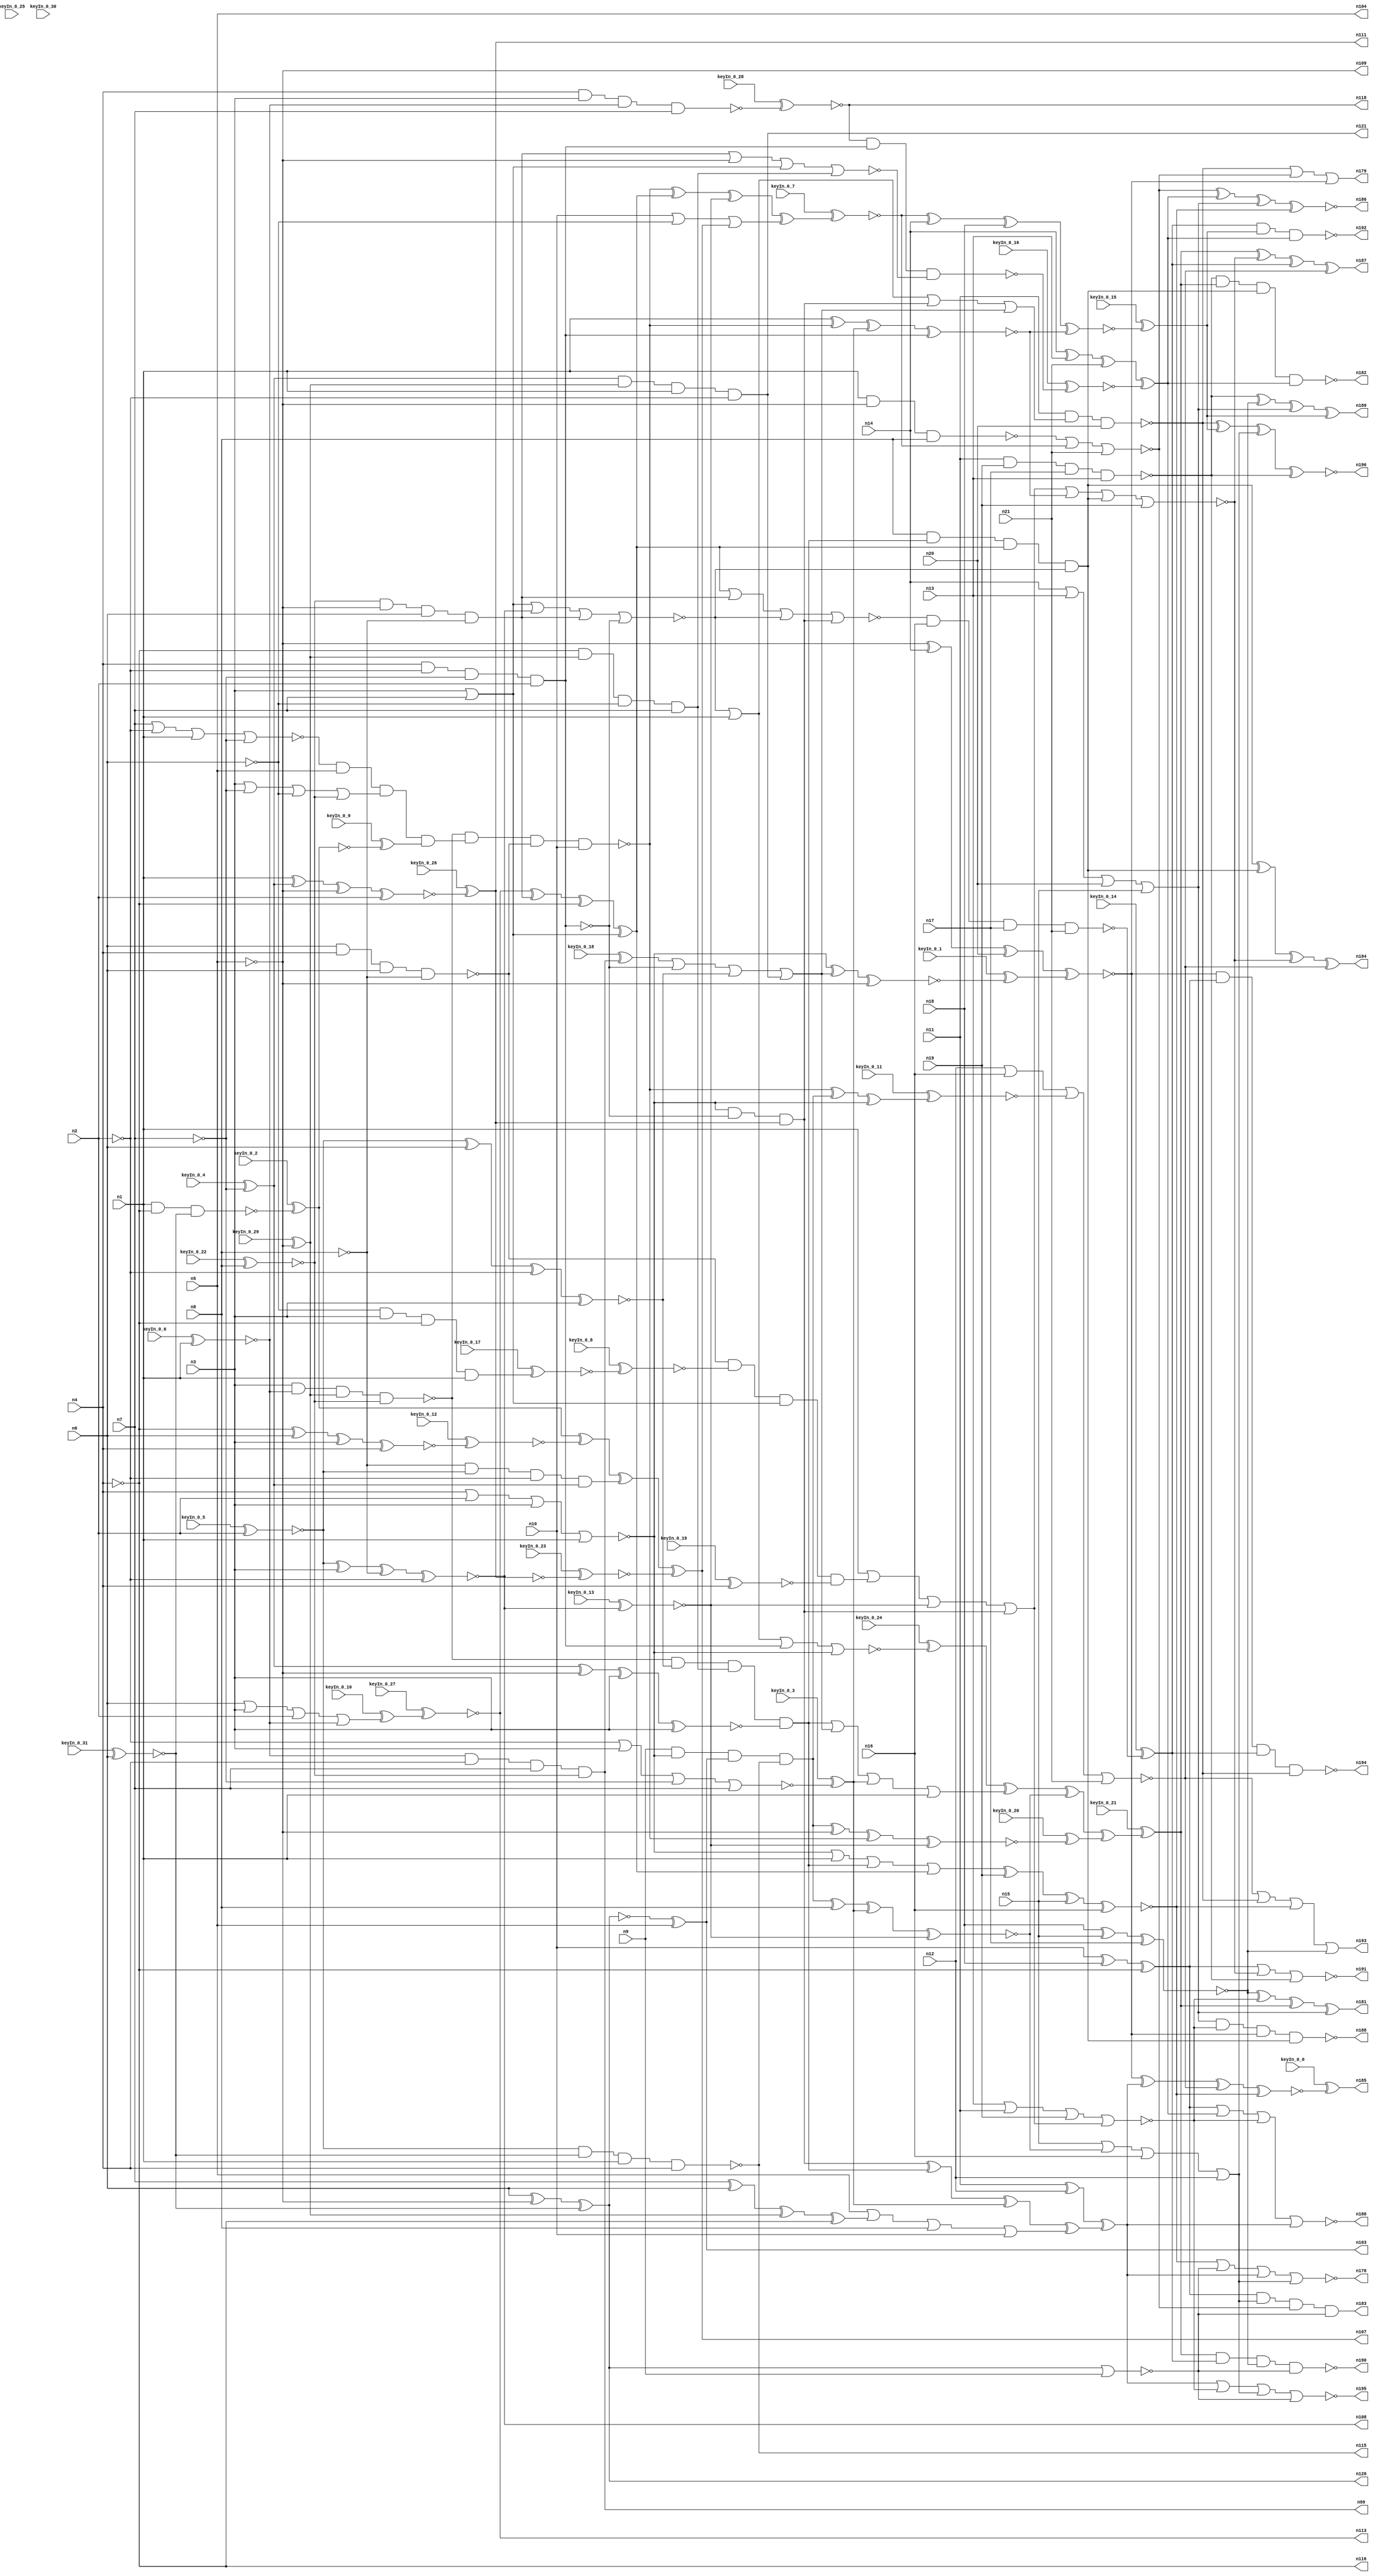


module Stat_175_832
(
  n1,
  n2,
  n3,
  n4,
  n5,
  n6,
  n7,
  n8,
  n9,
  n10,
  n11,
  n12,
  n13,
  n14,
  n15,
  n16,
  n17,
  n18,
  n19,
  n20,
  n21,
  n99,
  n113,
  n104,
  n108,
  n121,
  n116,
  n115,
  n109,
  n111,
  n107,
  n103,
  n120,
  n118,
  n185,
  n178,
  n188,
  n189,
  n192,
  n196,
  n186,
  n194,
  n193,
  n195,
  n187,
  n182,
  n179,
  n183,
  n181,
  n180,
  n190,
  n191,
  n184,
  keyIn_0_0,
  keyIn_0_1,
  keyIn_0_2,
  keyIn_0_3,
  keyIn_0_4,
  keyIn_0_5,
  keyIn_0_6,
  keyIn_0_7,
  keyIn_0_8,
  keyIn_0_9,
  keyIn_0_10,
  keyIn_0_11,
  keyIn_0_12,
  keyIn_0_13,
  keyIn_0_14,
  keyIn_0_15,
  keyIn_0_16,
  keyIn_0_17,
  keyIn_0_18,
  keyIn_0_19,
  keyIn_0_20,
  keyIn_0_21,
  keyIn_0_22,
  keyIn_0_23,
  keyIn_0_24,
  keyIn_0_25,
  keyIn_0_26,
  keyIn_0_27,
  keyIn_0_28,
  keyIn_0_29,
  keyIn_0_30,
  keyIn_0_31
);

  input n1;input n2;input n3;input n4;input n5;input n6;input n7;input n8;input n9;input n10;input n11;input n12;input n13;input n14;input n15;input n16;input n17;input n18;input n19;input n20;input n21;input keyIn_0_0;input keyIn_0_1;input keyIn_0_2;input keyIn_0_3;input keyIn_0_4;input keyIn_0_5;input keyIn_0_6;input keyIn_0_7;input keyIn_0_8;input keyIn_0_9;input keyIn_0_10;input keyIn_0_11;input keyIn_0_12;input keyIn_0_13;input keyIn_0_14;input keyIn_0_15;input keyIn_0_16;input keyIn_0_17;input keyIn_0_18;input keyIn_0_19;input keyIn_0_20;input keyIn_0_21;input keyIn_0_22;input keyIn_0_23;input keyIn_0_24;input keyIn_0_25;input keyIn_0_26;input keyIn_0_27;input keyIn_0_28;input keyIn_0_29;input keyIn_0_30;input keyIn_0_31;
  output n99;output n113;output n104;output n108;output n121;output n116;output n115;output n109;output n111;output n107;output n103;output n120;output n118;output n185;output n178;output n188;output n189;output n192;output n196;output n186;output n194;output n193;output n195;output n187;output n182;output n179;output n183;output n181;output n180;output n190;output n191;output n184;
  wire n22;wire n23;wire n24;wire n25;wire n26;wire n27;wire n28;wire n29;wire n30;wire n31;wire n32;wire n33;wire n34;wire n35;wire n36;wire n37;wire n38;wire n39;wire n40;wire n41;wire n42;wire n43;wire n44;wire n45;wire n46;wire n47;wire n48;wire n49;wire n50;wire n51;wire n52;wire n53;wire n54;wire n55;wire n56;wire n57;wire n58;wire n59;wire n60;wire n61;wire n62;wire n63;wire n64;wire n65;wire n66;wire n67;wire n68;wire n69;wire n70;wire n71;wire n72;wire n73;wire n74;wire n75;wire n76;wire n77;wire n78;wire n79;wire n80;wire n81;wire n82;wire n83;wire n84;wire n85;wire n86;wire n87;wire n88;wire n89;wire n90;wire n91;wire n92;wire n93;wire n94;wire n95;wire n96;wire n97;wire n98;wire n100;wire n101;wire n102;wire n105;wire n106;wire n110;wire n112;wire n114;wire n117;wire n119;wire n122;wire n123;wire n124;wire n125;wire n126;wire n127;wire n128;wire n129;wire n130;wire n131;wire n132;wire n133;wire n134;wire n135;wire n136;wire n137;wire n138;wire n139;wire n140;wire n141;wire n142;wire n143;wire n144;wire n145;wire n146;wire n147;wire n148;wire n149;wire n150;wire n151;wire n152;wire n153;wire n154;wire n155;wire n156;wire n157;wire n158;wire n159;wire n160;wire n161;wire n162;wire n163;wire n164;wire n165;wire n166;wire n167;wire n168;wire n169;wire n170;wire n171;wire n172;wire n173;wire n174;wire n175;wire n176;wire n177;wire KeyWire_0_0;wire KeyNOTWire_0_0;wire KeyWire_0_1;wire KeyNOTWire_0_1;wire KeyWire_0_2;wire KeyWire_0_3;wire KeyWire_0_4;wire KeyNOTWire_0_4;wire KeyWire_0_5;wire KeyNOTWire_0_5;wire KeyWire_0_6;wire KeyWire_0_7;wire KeyNOTWire_0_7;wire KeyWire_0_8;wire KeyWire_0_9;wire KeyWire_0_10;wire KeyNOTWire_0_10;wire KeyWire_0_11;wire KeyWire_0_12;wire KeyNOTWire_0_12;wire KeyWire_0_13;wire KeyNOTWire_0_13;wire KeyWire_0_14;wire KeyNOTWire_0_14;wire KeyWire_0_15;wire KeyWire_0_16;wire KeyWire_0_17;wire KeyNOTWire_0_17;wire KeyWire_0_18;wire KeyWire_0_19;wire KeyNOTWire_0_19;wire KeyWire_0_20;wire KeyNOTWire_0_20;wire KeyWire_0_21;wire KeyNOTWire_0_21;wire KeyWire_0_22;wire KeyNOTWire_0_22;wire KeyWire_0_23;wire KeyWire_0_24;wire KeyNOTWire_0_24;wire KeyWire_0_25;wire KeyWire_0_26;wire KeyNOTWire_0_26;wire KeyWire_0_27;wire KeyWire_0_28;wire KeyNOTWire_0_28;wire KeyWire_0_29;wire KeyNOTWire_0_29;wire KeyWire_0_30;wire KeyWire_0_31;

  buf
  g0
  (
    n47,
    n1
  );


  buf
  g1
  (
    KeyWire_0_5,
    n2
  );


  not
  g2
  (
    n40,
    n2
  );


  buf
  g3
  (
    n26,
    n3
  );


  buf
  g4
  (
    n43,
    n3
  );


  buf
  g5
  (
    KeyWire_0_6,
    n1
  );


  not
  g6
  (
    KeyWire_0_4,
    n7
  );


  buf
  g7
  (
    n35,
    n7
  );


  not
  g8
  (
    KeyWire_0_29,
    n5
  );


  not
  g9
  (
    n42,
    n7
  );


  buf
  g10
  (
    n50,
    n1
  );


  buf
  g11
  (
    KeyWire_0_22,
    n8
  );


  buf
  g12
  (
    n25,
    n1
  );


  buf
  g13
  (
    n23,
    n4
  );


  buf
  g14
  (
    n30,
    n4
  );


  buf
  g15
  (
    n38,
    n6
  );


  buf
  g16
  (
    n44,
    n3
  );


  buf
  g17
  (
    KeyWire_0_31,
    n6
  );


  buf
  g18
  (
    n36,
    n3
  );


  buf
  g19
  (
    n41,
    n2
  );


  not
  g20
  (
    n48,
    n4
  );


  not
  g21
  (
    n37,
    n2
  );


  not
  g22
  (
    n33,
    n5
  );


  buf
  g23
  (
    n49,
    n5
  );


  not
  g24
  (
    n51,
    n5
  );


  buf
  g25
  (
    n31,
    n6
  );


  not
  g26
  (
    n22,
    n4
  );


  buf
  g27
  (
    n39,
    n7
  );


  not
  g28
  (
    n29,
    n8
  );


  not
  g29
  (
    n24,
    n6
  );


  buf
  g30
  (
    n71,
    n24
  );


  not
  g31
  (
    n57,
    n22
  );


  nor
  g32
  (
    n55,
    n44,
    n42,
    n24,
    n45
  );


  xnor
  g33
  (
    n74,
    n34,
    n38,
    n37,
    n43
  );


  and
  g34
  (
    n65,
    n46,
    n23,
    n39,
    n45
  );


  and
  g35
  (
    KeyWire_0_17,
    n24,
    n26,
    n22,
    n25
  );


  nand
  g36
  (
    n63,
    n30,
    n36,
    n46,
    n35
  );


  nor
  g37
  (
    n76,
    n23,
    n41,
    n43,
    n25
  );


  nand
  g38
  (
    n75,
    n31,
    n23,
    n38,
    n29
  );


  nand
  g39
  (
    KeyWire_0_2,
    n47,
    n25,
    n22,
    n27
  );


  xnor
  g40
  (
    n56,
    n32,
    n33,
    n44,
    n36
  );


  or
  g41
  (
    n77,
    n26,
    n43,
    n35
  );


  and
  g42
  (
    n72,
    n48,
    n28,
    n24,
    n39
  );


  nor
  g43
  (
    n58,
    n39,
    n40,
    n47,
    n42
  );


  nand
  g44
  (
    n79,
    n30,
    n37,
    n42,
    n41
  );


  and
  g45
  (
    n78,
    n45,
    n33,
    n38,
    n29
  );


  xor
  g46
  (
    KeyWire_0_30,
    n30,
    n26,
    n40,
    n36
  );


  xnor
  g47
  (
    KeyWire_0_12,
    n48,
    n31,
    n36,
    n30
  );


  or
  g48
  (
    KeyWire_0_10,
    n38,
    n43,
    n41,
    n46
  );


  xor
  g49
  (
    n54,
    n39,
    n31,
    n28,
    n22
  );


  nand
  g50
  (
    n61,
    n34,
    n27,
    n47,
    n23
  );


  xnor
  g51
  (
    KeyWire_0_26,
    n47,
    n32,
    n33,
    n41
  );


  nand
  g52
  (
    n73,
    n44,
    n46,
    n28,
    n45
  );


  xor
  g53
  (
    n70,
    n34,
    n44,
    n29,
    n37
  );


  xor
  g54
  (
    n69,
    n31,
    n33,
    n27
  );


  and
  g55
  (
    n60,
    n29,
    n34,
    n40,
    n32
  );


  and
  g56
  (
    n66,
    n32,
    n28,
    n25,
    n37
  );


  or
  g57
  (
    n62,
    n40,
    n26,
    n42,
    n35
  );


  not
  g58
  (
    n84,
    n69
  );


  buf
  g59
  (
    n99,
    n65
  );


  not
  g60
  (
    KeyWire_0_25,
    n52
  );


  buf
  g61
  (
    n101,
    n67
  );


  not
  g62
  (
    n90,
    n66
  );


  not
  g63
  (
    n91,
    n64
  );


  buf
  g64
  (
    KeyWire_0_27,
    n59
  );


  buf
  g65
  (
    n83,
    n68
  );


  buf
  g66
  (
    n93,
    n60
  );


  not
  g67
  (
    n85,
    n63
  );


  not
  g68
  (
    n81,
    n69
  );


  not
  g69
  (
    n86,
    n55
  );


  not
  g70
  (
    KeyWire_0_23,
    n67
  );


  buf
  g71
  (
    n89,
    n56
  );


  buf
  g72
  (
    n96,
    n62
  );


  not
  g73
  (
    n95,
    n61
  );


  buf
  g74
  (
    n97,
    n57
  );


  buf
  g75
  (
    n98,
    n70
  );


  buf
  g76
  (
    n100,
    n54
  );


  not
  g77
  (
    KeyWire_0_8,
    n53
  );


  not
  g78
  (
    KeyWire_0_9,
    n68
  );


  buf
  g79
  (
    n94,
    n58
  );


  not
  g80
  (
    n109,
    n49
  );


  buf
  g81
  (
    n104,
    n49
  );


  not
  g82
  (
    n121,
    n90
  );


  not
  g83
  (
    KeyWire_0_3,
    n96
  );


  buf
  g84
  (
    n105,
    n89
  );


  buf
  g85
  (
    n111,
    n101
  );


  buf
  g86
  (
    n112,
    n100
  );


  buf
  g87
  (
    n116,
    n48
  );


  buf
  g88
  (
    n113,
    n92
  );


  buf
  g89
  (
    KeyWire_0_18,
    n99
  );


  not
  g90
  (
    n115,
    n95
  );


  not
  g91
  (
    n106,
    n50
  );


  not
  g92
  (
    KeyWire_0_19,
    n48
  );


  buf
  g93
  (
    n119,
    n82
  );


  not
  g94
  (
    KeyWire_0_28,
    n85
  );


  not
  g95
  (
    n120,
    n81
  );


  not
  g96
  (
    n108,
    n98
  );


  not
  g97
  (
    n122,
    n97
  );


  xor
  g98
  (
    n103,
    n84,
    n49
  );


  xor
  g99
  (
    n107,
    n83,
    n91,
    n93,
    n87
  );


  and
  g100
  (
    n117,
    n94,
    n49,
    n86,
    n88
  );


  not
  g101
  (
    KeyWire_0_13,
    n70
  );


  buf
  g102
  (
    n140,
    n8
  );


  buf
  g103
  (
    n139,
    n102
  );


  not
  g104
  (
    n135,
    n79
  );


  buf
  g105
  (
    n123,
    n78
  );


  not
  g106
  (
    n132,
    n106
  );


  buf
  g107
  (
    n128,
    n118
  );


  buf
  g108
  (
    n131,
    n76
  );


  nor
  g109
  (
    n126,
    n78,
    n109,
    n77,
    n72
  );


  or
  g110
  (
    n125,
    n10,
    n71,
    n107
  );


  or
  g111
  (
    n127,
    n104,
    n112,
    n8,
    n10
  );


  nor
  g112
  (
    n142,
    n120,
    n9
  );


  nand
  g113
  (
    n134,
    n73,
    n117,
    n75,
    n10
  );


  xor
  g114
  (
    n130,
    n113,
    n78,
    n116,
    n77
  );


  and
  g115
  (
    n133,
    n9,
    n76,
    n103,
    n115
  );


  and
  g116
  (
    n141,
    n76,
    n76,
    n79,
    n111
  );


  or
  g117
  (
    n129,
    n114,
    n79,
    n74,
    n121
  );


  nor
  g118
  (
    n136,
    n77,
    n108,
    n78,
    n79
  );


  and
  g119
  (
    n137,
    n73,
    n74,
    n72,
    n105
  );


  and
  g120
  (
    n124,
    n75,
    n119,
    n77,
    n110
  );


  buf
  g121
  (
    n144,
    n51
  );


  nand
  g122
  (
    n151,
    n50,
    n51,
    n140
  );


  nor
  g123
  (
    KeyWire_0_24,
    n136,
    n132,
    n135,
    n131
  );


  and
  g124
  (
    n157,
    n140,
    n137,
    n130,
    n136
  );


  xnor
  g125
  (
    KeyWire_0_20,
    n133,
    n51,
    n134,
    n138
  );


  or
  g126
  (
    n153,
    n131,
    n132,
    n137,
    n130
  );


  xnor
  g127
  (
    KeyWire_0_1,
    n131,
    n129,
    n51
  );


  xnor
  g128
  (
    n156,
    n50,
    n134,
    n139,
    n135
  );


  xor
  g129
  (
    n145,
    n141,
    n137,
    n139,
    n127
  );


  xor
  g130
  (
    KeyWire_0_7,
    n134,
    n130,
    n138,
    n125
  );


  or
  g131
  (
    n143,
    n137,
    n129,
    n139,
    n132
  );


  xor
  g132
  (
    KeyWire_0_11,
    n134,
    n133,
    n131
  );


  nor
  g133
  (
    n146,
    n130,
    n123,
    n136,
    n141
  );


  or
  g134
  (
    n155,
    n132,
    n124,
    n138,
    n141
  );


  nand
  g135
  (
    KeyWire_0_16,
    n128,
    n135,
    n126
  );


  or
  g136
  (
    n150,
    n136,
    n50,
    n141,
    n129
  );


  xnor
  g137
  (
    n158,
    n133,
    n140,
    n139,
    n138
  );


  buf
  g138
  (
    n161,
    n157
  );


  nor
  g139
  (
    n164,
    n151,
    n159,
    n21
  );


  xnor
  g140
  (
    n176,
    n18,
    n15,
    n17
  );


  nand
  g141
  (
    n173,
    n11,
    n150,
    n20
  );


  xor
  g142
  (
    KeyWire_0_21,
    n149,
    n143,
    n158,
    n148
  );


  nor
  g143
  (
    n166,
    n155,
    n156,
    n157,
    n19
  );


  nor
  g144
  (
    n165,
    n13,
    n11,
    n19,
    n155
  );


  xor
  g145
  (
    n167,
    n14,
    n13,
    n21,
    n147
  );


  xor
  g146
  (
    n170,
    n11,
    n12,
    n145
  );


  or
  g147
  (
    n171,
    n14,
    n13,
    n20,
    n15
  );


  xnor
  g148
  (
    n174,
    n153,
    n19,
    n15,
    n16
  );


  xnor
  g149
  (
    KeyWire_0_15,
    n159,
    n14,
    n18,
    n156
  );


  nor
  g150
  (
    n169,
    n12,
    n16,
    n152,
    n21
  );


  or
  g151
  (
    n172,
    n15,
    n158,
    n16,
    n12
  );


  nand
  g152
  (
    n175,
    n11,
    n19,
    n17,
    n13
  );


  nand
  g153
  (
    KeyWire_0_14,
    n146,
    n16,
    n17,
    n21
  );


  xor
  g154
  (
    n162,
    n10,
    n18,
    n122
  );


  xnor
  g155
  (
    n168,
    n144,
    n14,
    n20,
    n154
  );


  nor
  g156
  (
    n180,
    n162,
    n167,
    n165,
    n170
  );


  xor
  g157
  (
    n187,
    n177,
    n166,
    n163,
    n169
  );


  or
  g158
  (
    n193,
    n169,
    n173,
    n174,
    n176
  );


  and
  g159
  (
    n183,
    n162,
    n172,
    n164,
    n142
  );


  xnor
  g160
  (
    n186,
    n164,
    n167,
    n171,
    n174
  );


  nor
  g161
  (
    n191,
    n162,
    n166,
    n175
  );


  xor
  g162
  (
    n181,
    n176,
    n165,
    n177,
    n171
  );


  nand
  g163
  (
    n192,
    n163,
    n160,
    n167
  );


  xor
  g164
  (
    n189,
    n175,
    n176,
    n171,
    n160
  );


  nor
  g165
  (
    n195,
    n170,
    n165,
    n172,
    n142
  );


  nor
  g166
  (
    n178,
    n174,
    n142,
    n170,
    n172
  );


  nand
  g167
  (
    n188,
    n171,
    n165,
    n168,
    n161
  );


  xnor
  g168
  (
    n196,
    n173,
    n160,
    n172,
    n175
  );


  xnor
  g169
  (
    KeyWire_0_0,
    n168,
    n170,
    n169,
    n174
  );


  or
  g170
  (
    n179,
    n173,
    n164,
    n168
  );


  nand
  g171
  (
    n182,
    n175,
    n177,
    n161,
    n167
  );


  nand
  g172
  (
    n194,
    n168,
    n162,
    n163,
    n173
  );


  xor
  g173
  (
    n184,
    n161,
    n161,
    n166,
    n169
  );


  nand
  g174
  (
    n190,
    n177,
    n163,
    n176,
    n142
  );


  xnor
  KeyGate_0_0
  (
    KeyNOTWire_0_0,
    keyIn_0_0,
    KeyWire_0_0
  );


  not
  KeyNOTGate_0_0
  (
    n185,
    KeyNOTWire_0_0
  );


  xnor
  KeyGate_0_1
  (
    KeyNOTWire_0_1,
    keyIn_0_1,
    KeyWire_0_1
  );


  not
  KeyNOTGate_0_1
  (
    n154,
    KeyNOTWire_0_1
  );


  xor
  KeyGate_0_2
  (
    n68,
    keyIn_0_2,
    KeyWire_0_2
  );


  xor
  KeyGate_0_3
  (
    n102,
    keyIn_0_3,
    KeyWire_0_3
  );


  xnor
  KeyGate_0_4
  (
    KeyNOTWire_0_4,
    keyIn_0_4,
    KeyWire_0_4
  );


  not
  KeyNOTGate_0_4
  (
    n32,
    KeyNOTWire_0_4
  );


  xor
  KeyGate_0_5
  (
    KeyNOTWire_0_5,
    keyIn_0_5,
    KeyWire_0_5
  );


  not
  KeyNOTGate_0_5
  (
    n34,
    KeyNOTWire_0_5
  );


  xnor
  KeyGate_0_6
  (
    n46,
    keyIn_0_6,
    KeyWire_0_6
  );


  xor
  KeyGate_0_7
  (
    KeyNOTWire_0_7,
    keyIn_0_7,
    KeyWire_0_7
  );


  not
  KeyNOTGate_0_7
  (
    n159,
    KeyNOTWire_0_7
  );


  xnor
  KeyGate_0_8
  (
    n82,
    keyIn_0_8,
    KeyWire_0_8
  );


  xor
  KeyGate_0_9
  (
    n88,
    keyIn_0_9,
    KeyWire_0_9
  );


  xnor
  KeyGate_0_10
  (
    KeyNOTWire_0_10,
    keyIn_0_10,
    KeyWire_0_10
  );


  not
  KeyNOTGate_0_10
  (
    n59,
    KeyNOTWire_0_10
  );


  xnor
  KeyGate_0_11
  (
    n152,
    keyIn_0_11,
    KeyWire_0_11
  );


  xnor
  KeyGate_0_12
  (
    KeyNOTWire_0_12,
    keyIn_0_12,
    KeyWire_0_12
  );


  not
  KeyNOTGate_0_12
  (
    n64,
    KeyNOTWire_0_12
  );


  xor
  KeyGate_0_13
  (
    KeyNOTWire_0_13,
    keyIn_0_13,
    KeyWire_0_13
  );


  not
  KeyNOTGate_0_13
  (
    n138,
    KeyNOTWire_0_13
  );


  xnor
  KeyGate_0_14
  (
    KeyNOTWire_0_14,
    keyIn_0_14,
    KeyWire_0_14
  );


  not
  KeyNOTGate_0_14
  (
    n163,
    KeyNOTWire_0_14
  );


  xor
  KeyGate_0_15
  (
    n160,
    keyIn_0_15,
    KeyWire_0_15
  );


  xnor
  KeyGate_0_16
  (
    n147,
    keyIn_0_16,
    KeyWire_0_16
  );


  xnor
  KeyGate_0_17
  (
    KeyNOTWire_0_17,
    keyIn_0_17,
    KeyWire_0_17
  );


  not
  KeyNOTGate_0_17
  (
    n53,
    KeyNOTWire_0_17
  );


  xor
  KeyGate_0_18
  (
    n114,
    keyIn_0_18,
    KeyWire_0_18
  );


  xor
  KeyGate_0_19
  (
    KeyNOTWire_0_19,
    keyIn_0_19,
    KeyWire_0_19
  );


  not
  KeyNOTGate_0_19
  (
    n110,
    KeyNOTWire_0_19
  );


  xnor
  KeyGate_0_20
  (
    KeyNOTWire_0_20,
    keyIn_0_20,
    KeyWire_0_20
  );


  not
  KeyNOTGate_0_20
  (
    n148,
    KeyNOTWire_0_20
  );


  xnor
  KeyGate_0_21
  (
    KeyNOTWire_0_21,
    keyIn_0_21,
    KeyWire_0_21
  );


  not
  KeyNOTGate_0_21
  (
    n177,
    KeyNOTWire_0_21
  );


  xor
  KeyGate_0_22
  (
    KeyNOTWire_0_22,
    keyIn_0_22,
    KeyWire_0_22
  );


  not
  KeyNOTGate_0_22
  (
    n45,
    KeyNOTWire_0_22
  );


  xnor
  KeyGate_0_23
  (
    n87,
    keyIn_0_23,
    KeyWire_0_23
  );


  xnor
  KeyGate_0_24
  (
    KeyNOTWire_0_24,
    keyIn_0_24,
    KeyWire_0_24
  );


  not
  KeyNOTGate_0_24
  (
    n149,
    KeyNOTWire_0_24
  );


  xor
  KeyGate_0_25
  (
    n80,
    keyIn_0_25,
    KeyWire_0_25
  );


  xnor
  KeyGate_0_26
  (
    KeyNOTWire_0_26,
    keyIn_0_26,
    KeyWire_0_26
  );


  not
  KeyNOTGate_0_26
  (
    n67,
    KeyNOTWire_0_26
  );


  xnor
  KeyGate_0_27
  (
    n92,
    keyIn_0_27,
    KeyWire_0_27
  );


  xor
  KeyGate_0_28
  (
    KeyNOTWire_0_28,
    keyIn_0_28,
    KeyWire_0_28
  );


  not
  KeyNOTGate_0_28
  (
    n118,
    KeyNOTWire_0_28
  );


  xnor
  KeyGate_0_29
  (
    KeyNOTWire_0_29,
    keyIn_0_29,
    KeyWire_0_29
  );


  not
  KeyNOTGate_0_29
  (
    n28,
    KeyNOTWire_0_29
  );


  xnor
  KeyGate_0_30
  (
    n52,
    keyIn_0_30,
    KeyWire_0_30
  );


  xnor
  KeyGate_0_31
  (
    n27,
    keyIn_0_31,
    KeyWire_0_31
  );


endmodule